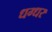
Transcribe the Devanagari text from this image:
धग्धर